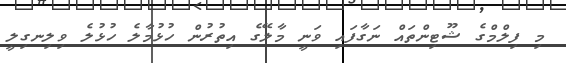
މި ފިލްމްގެ ޝޫޓިންތައް ނަގާފައި ވަނީ މާލޭގެ އިތުރުން ހުޅުމާލެ ހުޅުލެ ވިލިނގިލީ